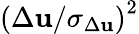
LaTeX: {(\Delta\mathbf{u}/\sigma_{\Delta\mathbf{u}})}^{2}